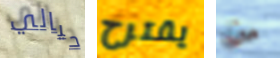
حيالي يقترح من